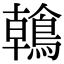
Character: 鶾